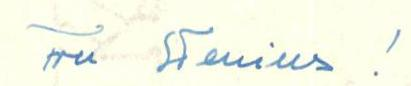
Fru Stenius !